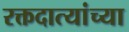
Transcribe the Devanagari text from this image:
रक्तदात्यांच्या